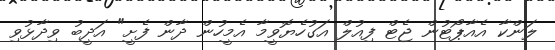
ލަންކާ އެއާޕޯޓުން ޖެޓް ފިއުލް އަގުހެޔޮވީމާ އެމީހުން ދާން ފެށީ" އަދީބު ވިދާޅުވި